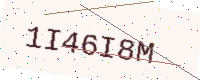
Text: 1I46I8M